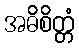
အဓိစိတ္တံ